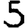
Digit: 5